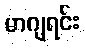
မာဂျရင်း